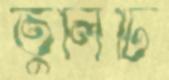
তুলিটি